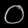
Digit: ၀